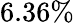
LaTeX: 6.36\%